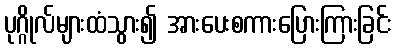
ပုဂ္ဂိုလ်များထံသွား၍ အားပေးစကားပြေားကြားခြင်း